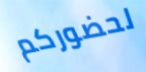
لحضوركم